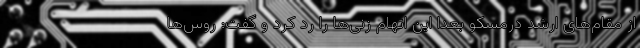
از مقام‌های ارشد درمسکو بعدا این اتهام زنی‌ها را رد کرد و گفت: روس‌ها